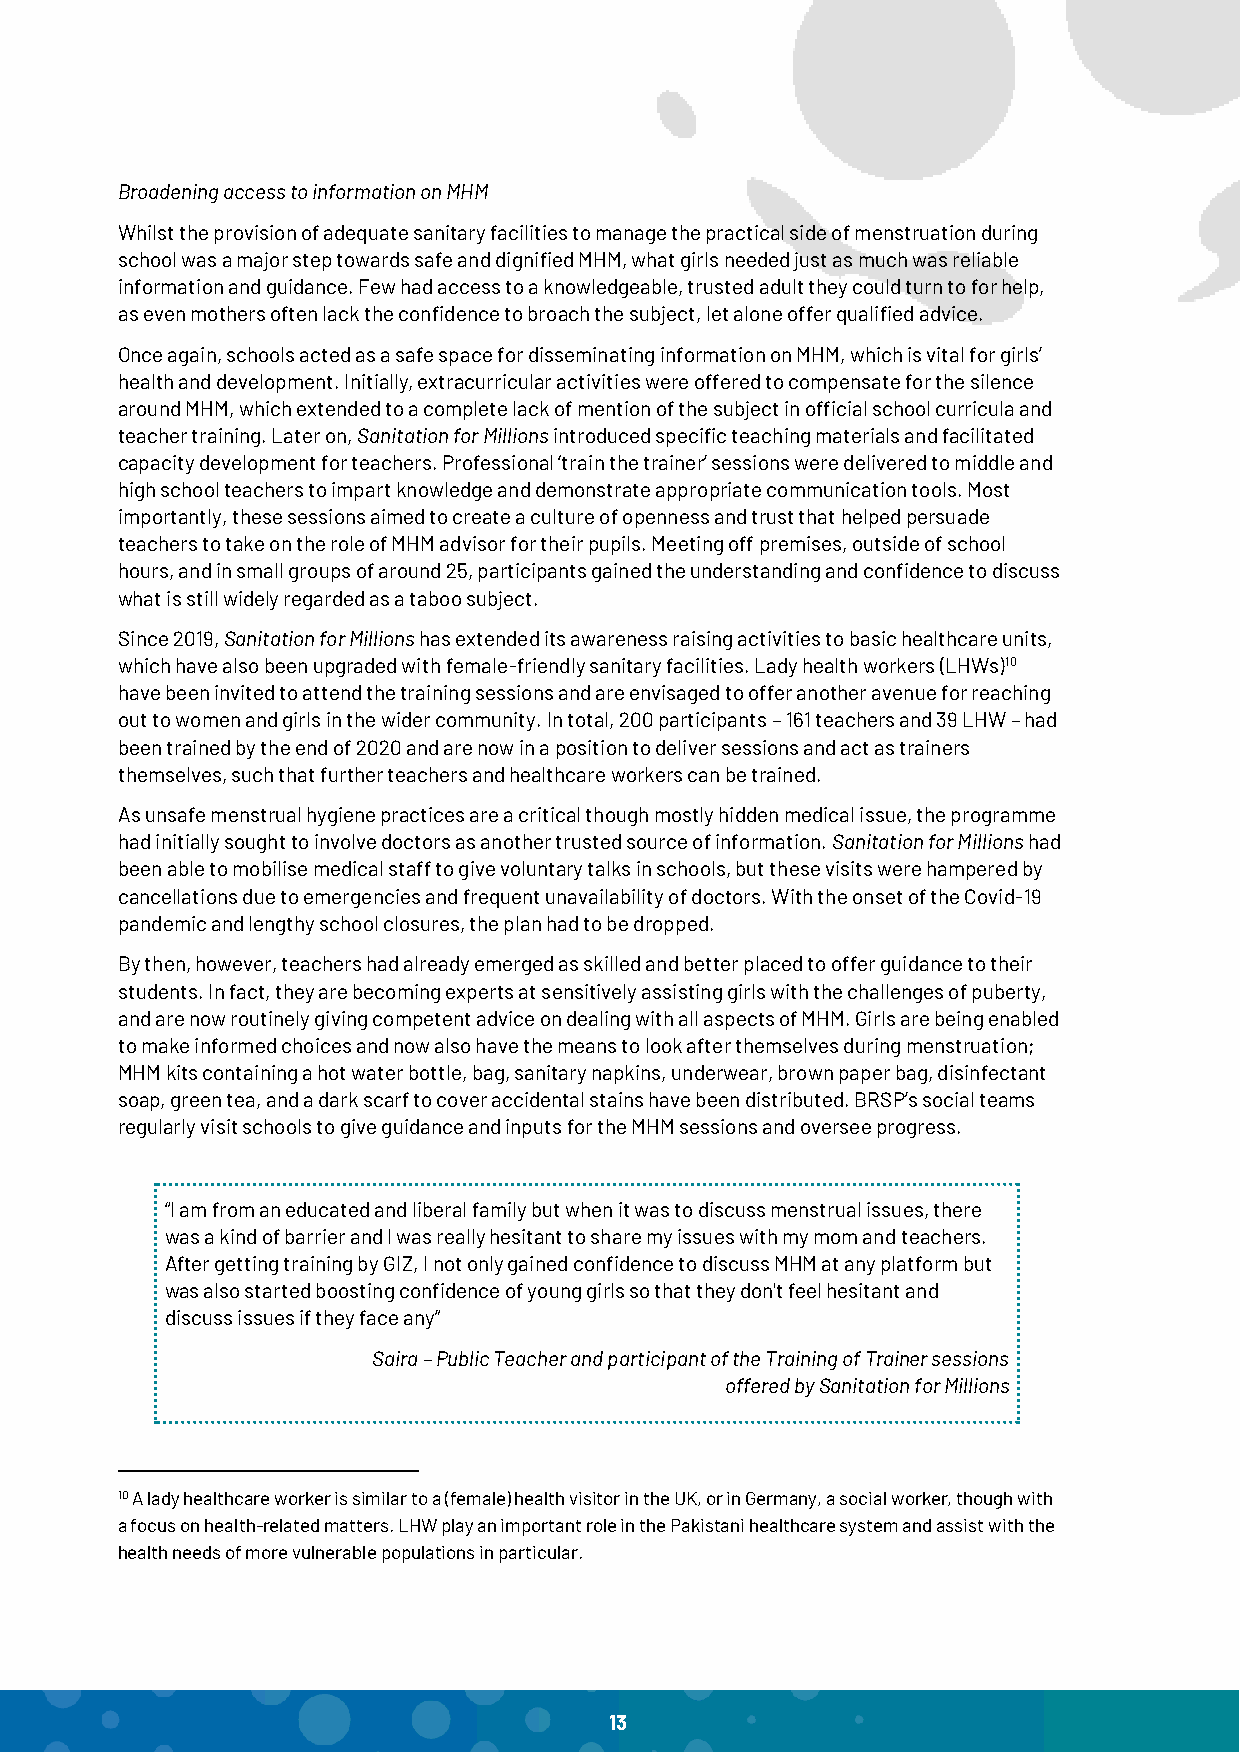
Broadening access to information on MHM
 Whilst the provision of adequate sanitary facilities to manage the practical side of menstruation during
 school was a major step towards safe and dignified MHM, what girls needed just as much was reliable
 information and guidance. Few had access to a knowledgeable, trusted adult they could turn to for help,
 as even mothers often lack the confidence to broach the subject, let alone offer qualified advice.
 Once again, schools acted as a safe space for disseminating information on MHM, which is vital for girls’
 health and development. Initially, extracurricular activities were offered to compensate for the silence
 around MHM, which extended to a complete lack of mention of the subject in official school curricula and
 teacher training. Later on, Sanitation for Millions introduced specific teaching materials and facilitated
 capacity development for teachers. Professional ‘train the trainer’ sessions were delivered to middle and
 high school teachers to impart knowledge and demonstrate appropriate communication tools. Most
 importantly, these sessions aimed to create a culture of openness and trust that helped persuade
 teachers to take on the role of MHM advisor for their pupils. Meeting off premises, outside of school
 hours, and in small groups of around 25, participants gained the understanding and confidence to discuss
 what is still widely regarded as a taboo subject.
 Since 2019, Sanitation for Millions has extended its awareness raising activities to basic healthcare units,
 which have also been upgraded with female-friendly sanitary facilities. Lady health workers (LHWs)10
 have been invited to attend the training sessions and are envisaged to offer another avenue for reaching
 out to women and girls in the wider community. In total, 200 participants – 161 teachers and 39 LHW – had
 been trained by the end of 2020 and are now in a position to deliver sessions and act as trainers
 themselves, such that further teachers and healthcare workers can be trained.
 As unsafe menstrual hygiene practices are a critical though mostly hidden medical issue, the programme
 had initially sought to involve doctors as another trusted source of information. Sanitation for Millions had
 been able to mobilise medical staff to give voluntary talks in schools, but these visits were hampered by
 cancellations due to emergencies and frequent unavailability of doctors. With the onset of the Covid-19
 pandemic and lengthy school closures, the plan had to be dropped.
 By then, however, teachers had already emerged as skilled and better placed to offer guidance to their
 students. In fact, they are becoming experts at sensitively assisting girls with the challenges of puberty,
 and are now routinely giving competent advice on dealing with all aspects of MHM. Girls are being enabled
 to make informed choices and now also have the means to look after themselves during menstruation;
 MHM kits containing a hot water bottle, bag, sanitary napkins, underwear, brown paper bag, disinfectant
 soap, green tea, and a dark scarf to cover accidental stains have been distributed. BRSP’s social teams
 regularly visit schools to give guidance and inputs for the MHM sessions and oversee progress.
 “I am from an educated and liberal family but when it was to discuss menstrual issues, there
 was a kind of barrier and I was really hesitant to share my issues with my mom and teachers.
 After getting training by GIZ, I not only gained confidence to discuss MHM at any platform but
 was also started boosting confidence of young girls so that they don't feel hesitant and
 discuss issues if they face any”
 Saira – Public Teacher and participant of the Training of Trainer sessions
 offered by Sanitation for Millions
 10 A lady healthcare worker is similar to a (female) health visitor in the UK, or in Germany, a social worker, though with
 a focus on health-related matters. LHW play an important role in the Pakistani healthcare system and assist with the
 health needs of more vulnerable populations in particular.
 13